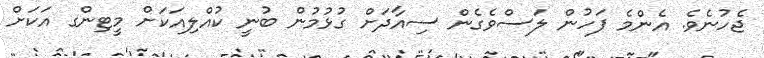
ޖެހުނެވެ. އެންމެ ފަހުން ލަސްވެގެން ސިއާދަށް ގުޅުމުން ބުނީ ކުއްލިއަކަށް މީޓިންގ އަކަށް